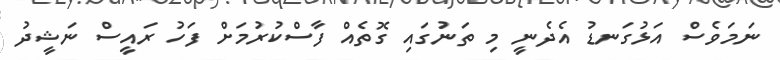
ނަމަވެސް އަޅުގަނޑު އެދެނީ މި ތަނުގައި ގޮތެއް ފާސްކުރުމަށް ފަހު ރައީސް ނަޝީދު